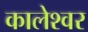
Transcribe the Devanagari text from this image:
कालेश्‍वर